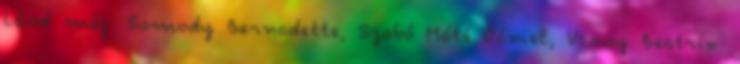
Lásd még: Somody Bernadette, Szabó Máté Dániel, Vissy Beatrix: